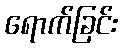
ရောက်ခြင်း